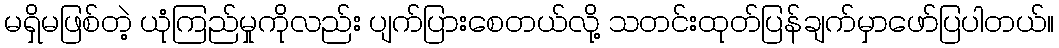
မရှိမဖြစ်တဲ့ ယုံကြည်မှုကိုလည်း ပျက်ပြားစေတယ်လို့ သတင်းထုတ်ပြန်ချက်မှာဖော်ပြပါတယ်။